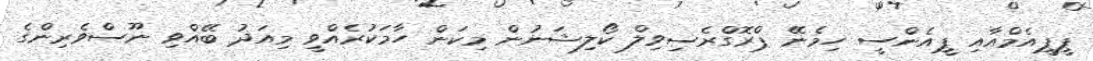
ޕީޕީއެމްއާއި ޕީއެންސީ ހިމެނޭ ޕްރޮގްރެސިވިލް ކޯލިޝަނުން މިކަން ހާމަކުރެއްވީ މިއަދު ބޭއްވި ނޫސްވެރިންގެ